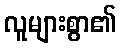
လူများစွာ၏